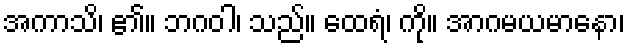
အကာသိ၊ ၏။ ဘဂဝါ၊ သည်။ ထေရံ၊ ကို။ အာဂမယမာနော၊